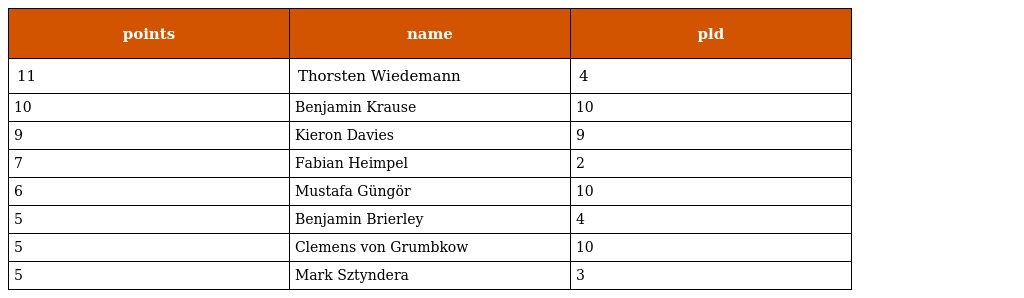
| points | name | pld |
 | --- | --- | --- |
 | 11 | Thorsten Wiedemann | 4 |
 | 10 | Benjamin Krause | 10 |
 | 9 | Kieron Davies | 9 |
 | 7 | Fabian Heimpel | 2 |
 | 6 | Mustafa Güngör | 10 |
 | 5 | Benjamin Brierley | 4 |
 | 5 | Clemens von Grumbkow | 10 |
 | 5 | Mark Sztyndera | 3 |